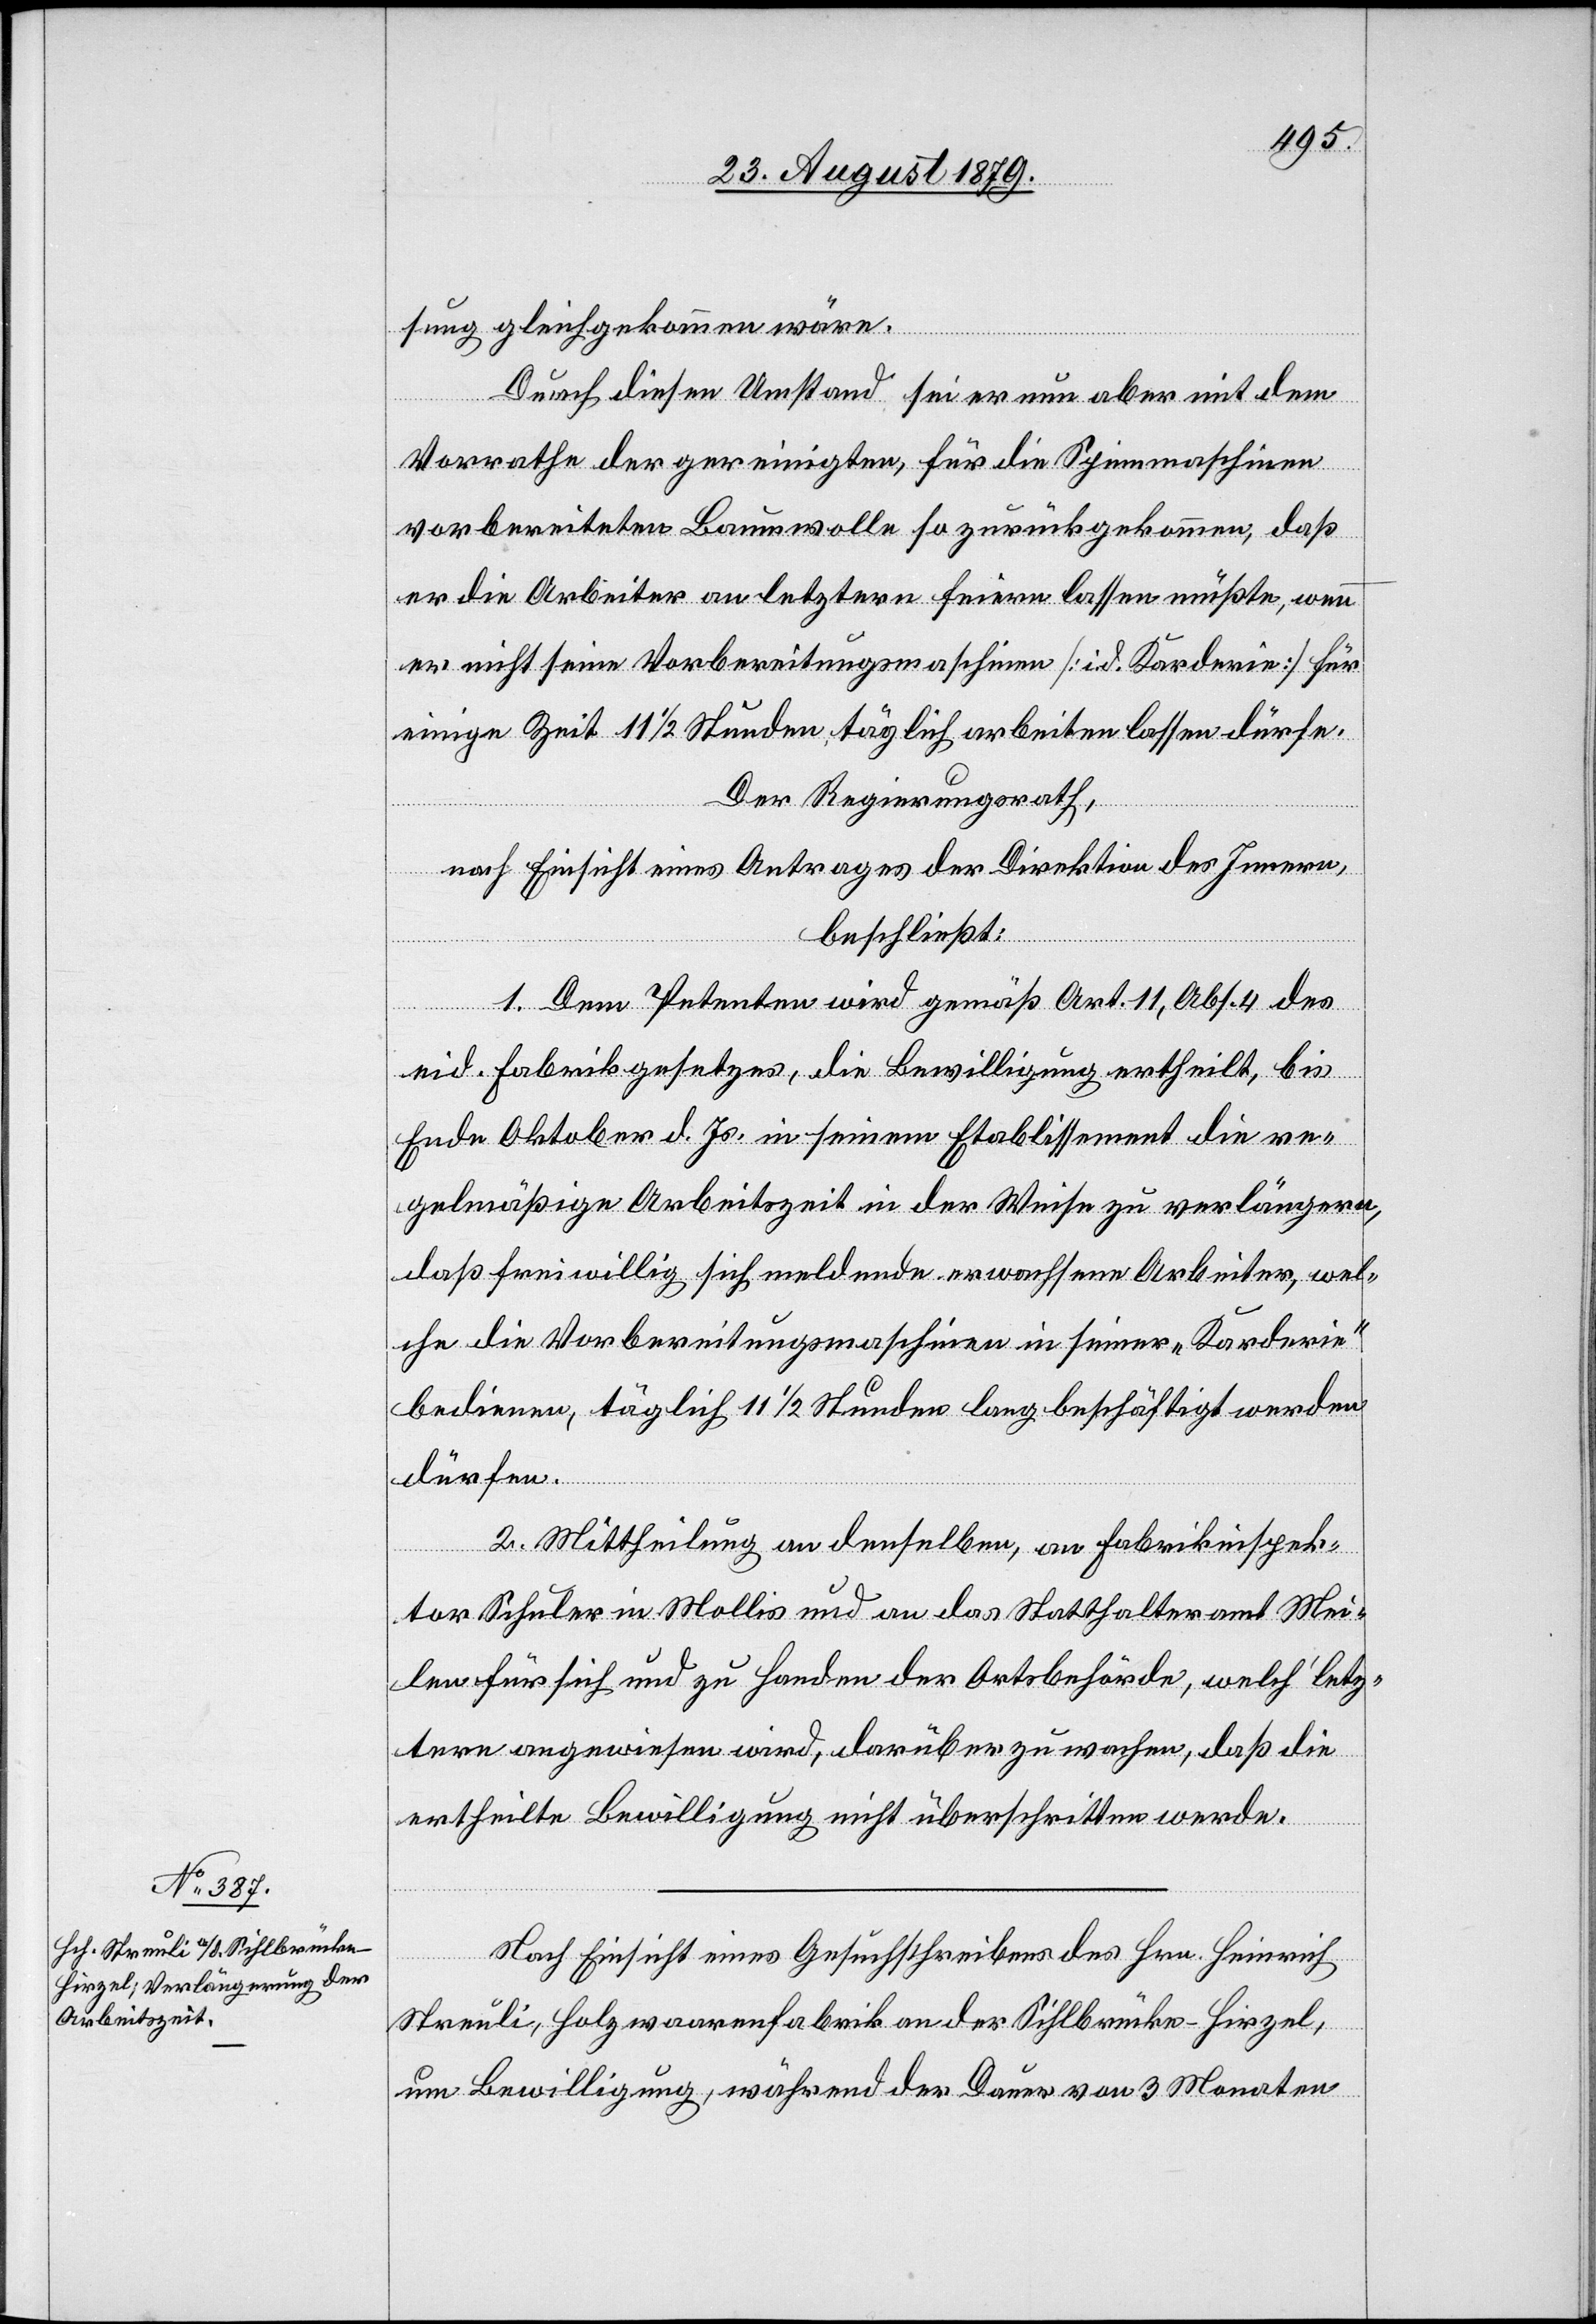
sung gleichgekommen wäre.
Durch diesen Umstand sei er nun aber mit dem
Vorrathe der gereinigten, für die Spinnmaschinen
vorbereiteten Baumwolle so zurückgekommen, daß
er die Arbeiter an letzteren feiern lassen müßte, wenn
er nicht seine Vorbereitungsmaschine [id. Karderie] für
einige Zeit 11 1/2 Stunden täglich abreiten lassen dürfe.
Der Regierungsrath,
nach Einsicht eines Antrages der Direktion des Innern,
beschließt:
1. Dem Petenten wird gemäß Art. 11, Abs. 4 des
eid. Fabrikgesetzes, die Bewilligung ertheilt, bis
Ende Oktober d. Js. in seinem Etablissement die re¬
gelmäßige Arbeitszeit in der Weise zu verlängern,
daß freiwillig sich meldende, erwachsene Arbeiter, wel¬
che die Vorbereitungsmaschine in seiner „Kardererie“
bedienen, täglich 11 1/2 Stunden lang beschäftigt werden
dürfen.
2. Mittheilung an dieselben, an Fabrikinspek¬
tor Schuler in Mollis und an das Statthalteramt Mei¬
len für sich und zu Handen der Ortsbehörde, welch’ letz¬
tere angewiesen wird, darüber zu wachen, daß die
ertheilte Bewilligung nicht überschritten werde.
Nach Einsicht eines Gesuchschreibens des Hrn. Heinrich
Streuli, Holzwaarenfabrik an der Sihlbrücke - Hirzel,
um Bewilligung, während der Dauer von 3 Monaten